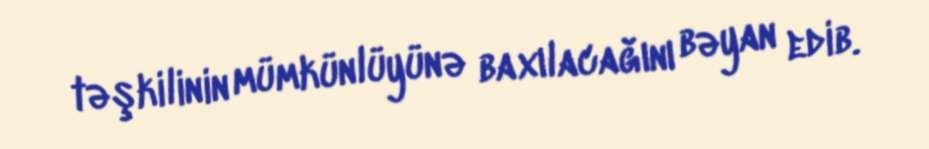
təşkilinin mümkünlüyünə baxılacağını bəyan edib.